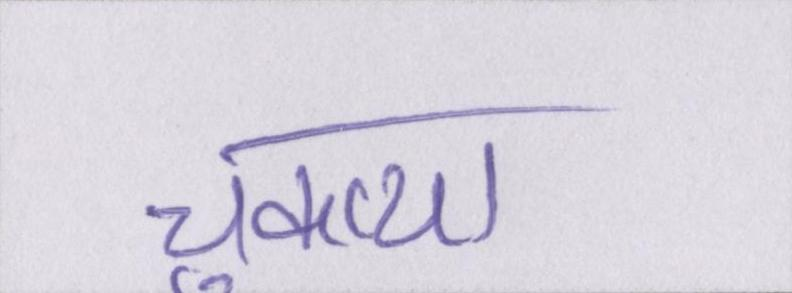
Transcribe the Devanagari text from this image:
चुकाया